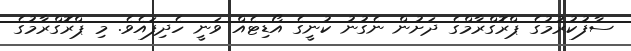
ސާފުކުރުމުގެ ޕްރޮގްރާމްގެ ދަށުން ނެގުނު ކުނީގެ އޯޑިޓެއް ވަނީ ހެދިފައެވެ. މި ޕްރޮގްރާމުގެ